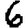
Digit: 6